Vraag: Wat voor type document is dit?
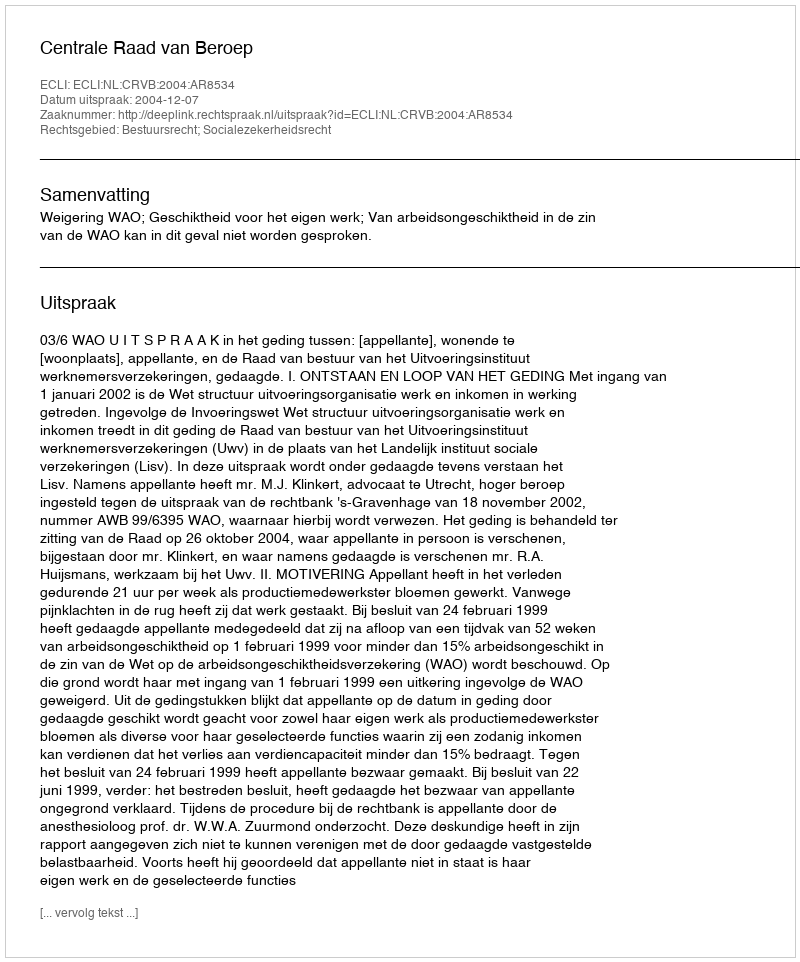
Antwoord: Uitspraak